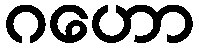
ဂဟော